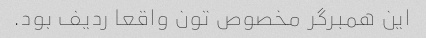
این همبرگر مخصوص تون واقعا ردیف بود.